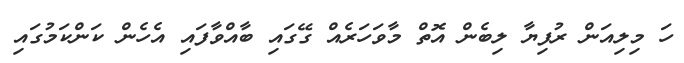
ހަ މިލިއަން ރުފިޔާ ލިބެން އޮތް މާވަހަރެއް ގޭގައި ބާއްވާފައި އެހެން ކަންކަމުގައި